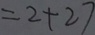
= 2 + 2 7